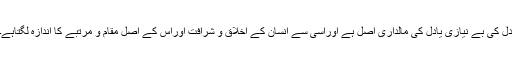
دل کی بے نیازی یادل کی مالداری اصل ہے اوراسی سے انسان کے اخلاق و شرافت اوراس کے اصل مقام و مرتبے کا اندازہ لگتاہے۔